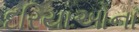
દરિયાઓના